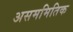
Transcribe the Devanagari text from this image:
असममितिक